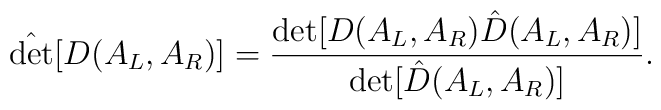
\hat {\det} [D(A_L, A_R)] = {\det [D(A_L, A_R) \hat D (A_L, A_R)] \over\det [\hat D (A_L, A_R)]}.